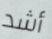
أشد